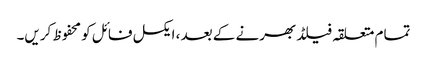
تمام متعلقہ فیلڈ بھرنے کے بعد ، ایکسل فائل کو محفوظ کریں۔